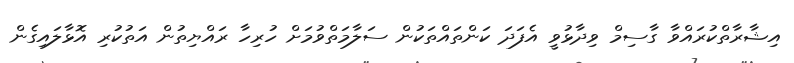
އިޝާރާތްކުރައްވާ ގާސިމް ވިދާޅުވީ އެފަދަ ކަންތައްތަކުން ސަލާމަތްވުމަށް ހުރިހާ ރައްޔިތުން އަތުކުރި އޮޅާލައިގެން